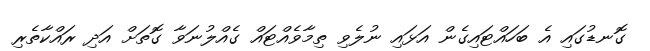
ގޮނޑުގައި އެ ބަހައްޓައިގެން އަޅައި ނުލެވި ތިމާވެއްޓައް ގެއްލުނަވާ ގޮތަށް އަދި ރައްކާތެރި